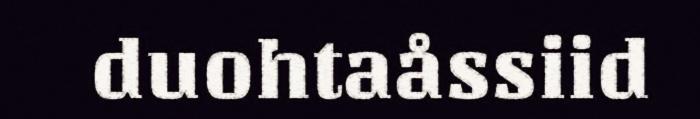
duohtaåssiid